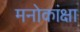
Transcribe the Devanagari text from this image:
मनोकांक्षा